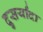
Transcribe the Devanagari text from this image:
दुसर्यांदा